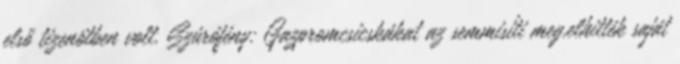
első tizenötben volt. Szúrófény: Gazpromcsicskákat az semmisíti meg,elhitték saját